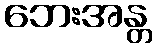
ဘေးအန္တ